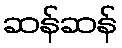
ဆန်ဆန်